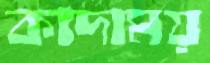
কাদাময়